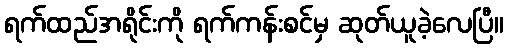
ရက်ထည်အရိုင်းကို ရက်ကန်းစင်မှ ဆုတ်ယူခဲ့လေပြီ။